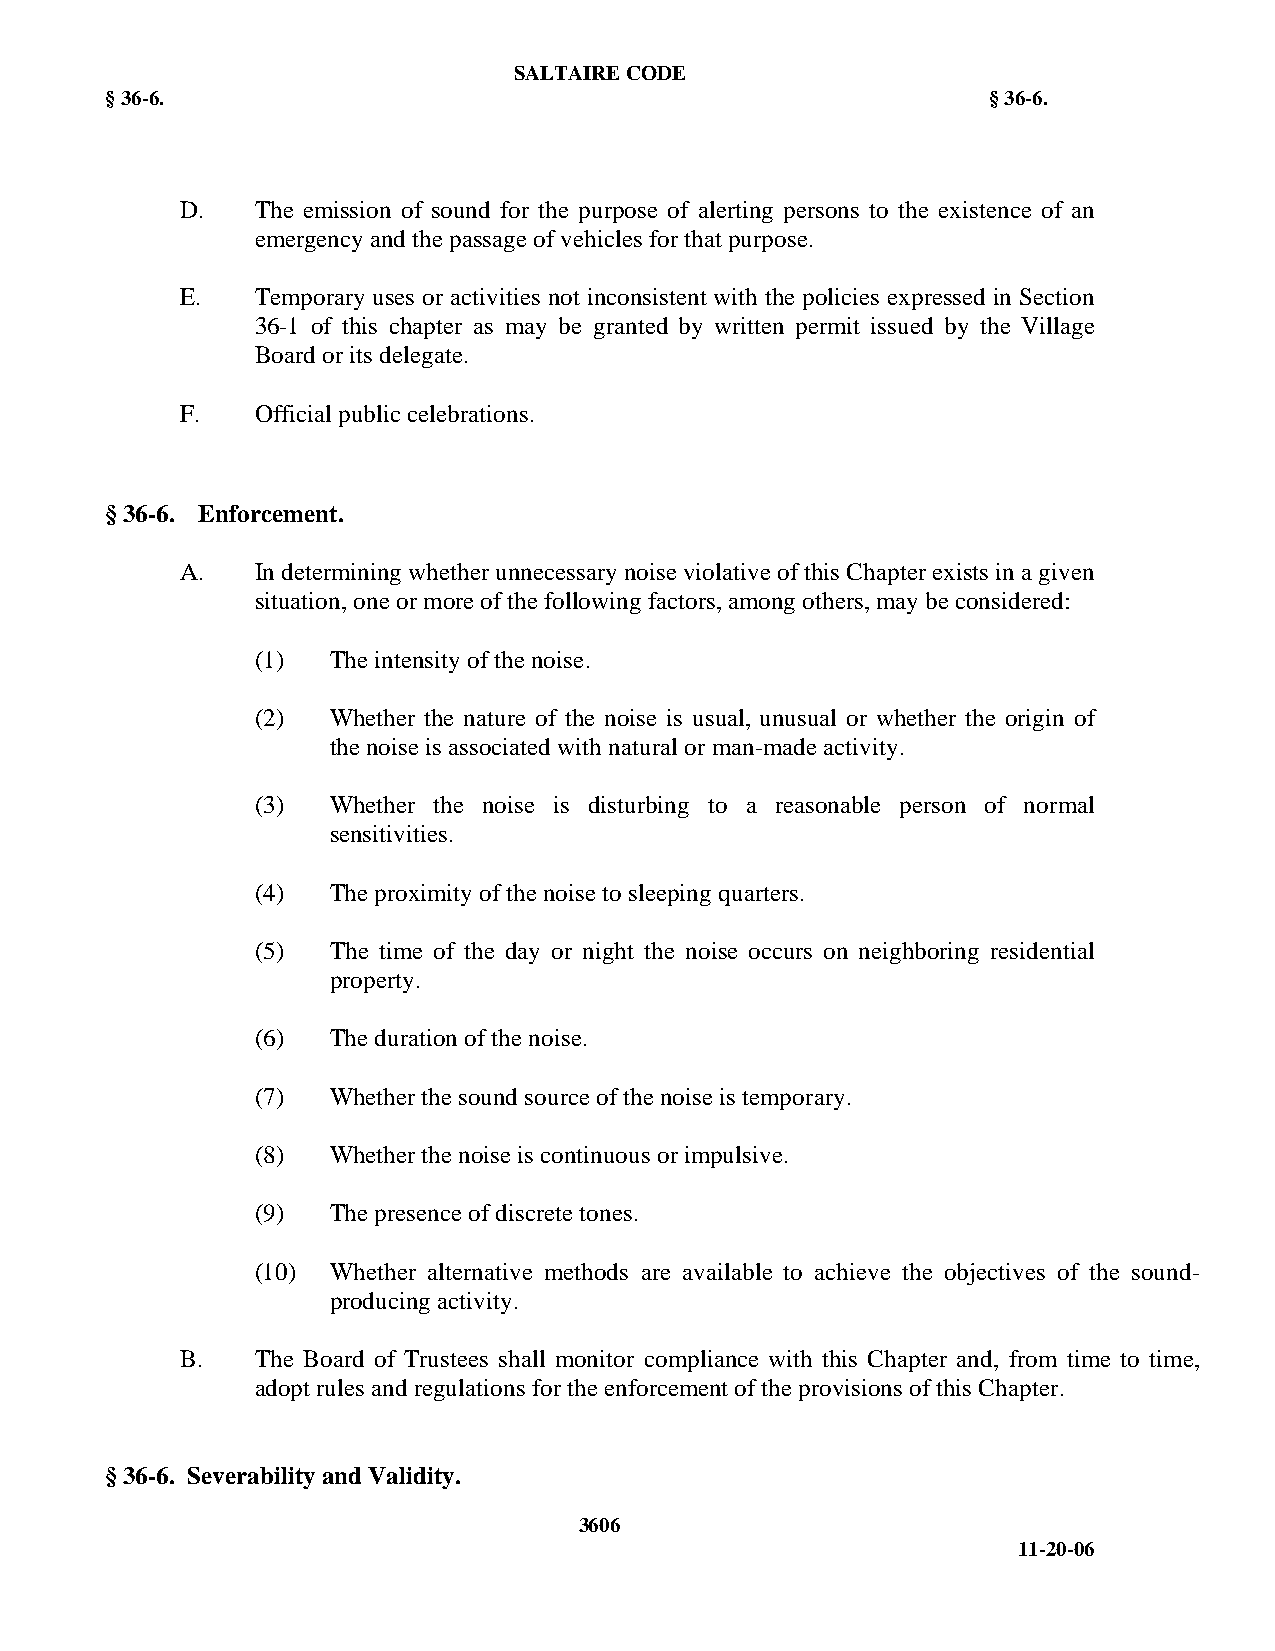
SALTAIRE CODE
 § 36-6.                                                   § 36-6.
 D.   The emission of sound for the purpose of alerting persons to the existence of an
 emergency and the passage of vehicles for that purpose.
 E.   Temporary uses or activities not inconsistent with the policies expressed in Section
 36-1 of this chapter as may be granted by written permit issued by the Village
 Board or its delegate.
 F.   Official public celebrations.
 § 36-6. Enforcement.
 A.   In determining whether unnecessary noise violative of this Chapter exists in a given
 situation, one or more of the following factors, among others, may be considered:
 (1)  The intensity of the noise.
 (2)  Whether the nature of the noise is usual, unusual or whether the origin of
 the noise is associated with natural or man-made activity.
 (3)  Whether the noise is disturbing to a reasonable person of normal
 sensitivities.
 (4)  The proximity of the noise to sleeping quarters.
 (5)  The time of the day or night the noise occurs on neighboring residential
 property.
 (6)  The duration of the noise.
 (7)  Whether the sound source of the noise is temporary.
 (8)  Whether the noise is continuous or impulsive.
 (9)  The presence of discrete tones.
 (10) Whether alternative methods are available to achieve the objectives of the sound-
 producing activity.
 B.   The Board of Trustees shall monitor compliance with this Chapter and, from time to time,
 adopt rules and regulations for the enforcement of the provisions of this Chapter.
 § 36-6. Severability and Validity.
 3606
 11-20-06